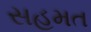
સહમત